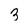
Character: 3